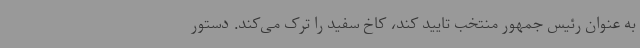
به عنوان رئیس جمهور منتخب تایید کند، کاخ سفید را ترک می‌کند. دستور